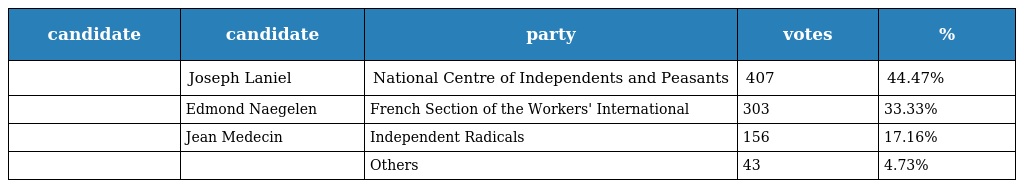
| candidate | candidate | party | votes | % |
 | --- | --- | --- | --- | --- |
 |  | Joseph Laniel | National Centre of Independents and Peasants | 407 | 44.47% |
 |  | Edmond Naegelen | French Section of the Workers' International | 303 | 33.33% |
 |  | Jean Medecin | Independent Radicals | 156 | 17.16% |
 |  |  | Others | 43 | 4.73% |